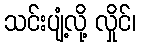
သင်းပျံ့လို့ လှိုင်၊